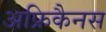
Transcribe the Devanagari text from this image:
अफ्रिकैनस